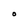
Character: O